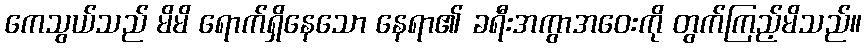
ကေသွယ်သည် မိမိ ရောက်ရှိနေသော နေရာ၏ ခရီးအကွာအဝေးကို တွက်ကြည့်မိသည်။